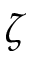
\zeta